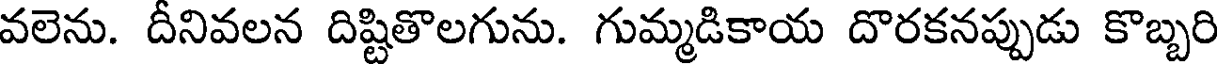
వలెను. దీనివలన దిష్టితొలగును. గుమ్మడికాయ దొరకనప్పుడు కొబ్బరి